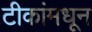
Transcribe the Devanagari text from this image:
टीकांमधून